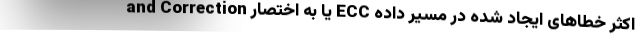
and Correction یا به اختصار ECC اکثر خطاهای ایجاد شده در مسیر داده